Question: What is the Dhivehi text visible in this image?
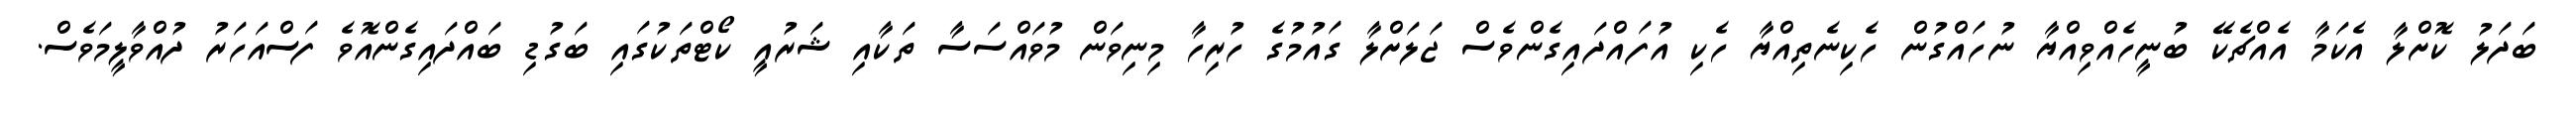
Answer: ބަދަލު ކޮށްލާ އެކަމާ އެއްޗެކޭ ބުނީހެއްވިއްޔާ ނުހައްގުން ހެކިނެތިއްޔާ ހެކި އުފައްދައިގެންވެސް ޖަލަށްލާ ގައުމުގެ ހުރިހާ މިނިވަން މުވައްސަސާ ތަކާއި ޝަރުއީ ކޯޓްތަކުގައި ބަގުޑި ބައްދައިގެންއޮވެ ފަސްއަހަރު ދުއްވާލީމަވެސް.